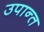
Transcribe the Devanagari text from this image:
उपान्त